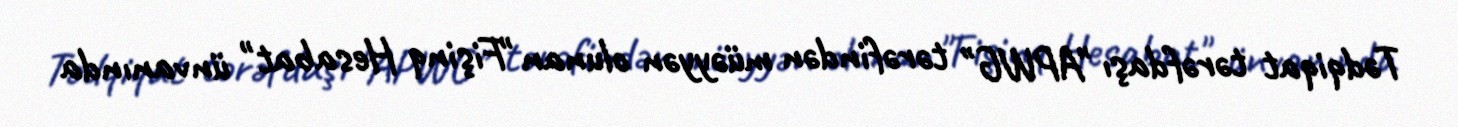
Tədqiqat tərəfdaşı "APWG" tərəfindən müəyyən olunan "Fişinq Hesabat" ünvanında